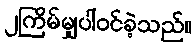
၂ကြိမ်မျှပါဝင်ခဲ့သည်။